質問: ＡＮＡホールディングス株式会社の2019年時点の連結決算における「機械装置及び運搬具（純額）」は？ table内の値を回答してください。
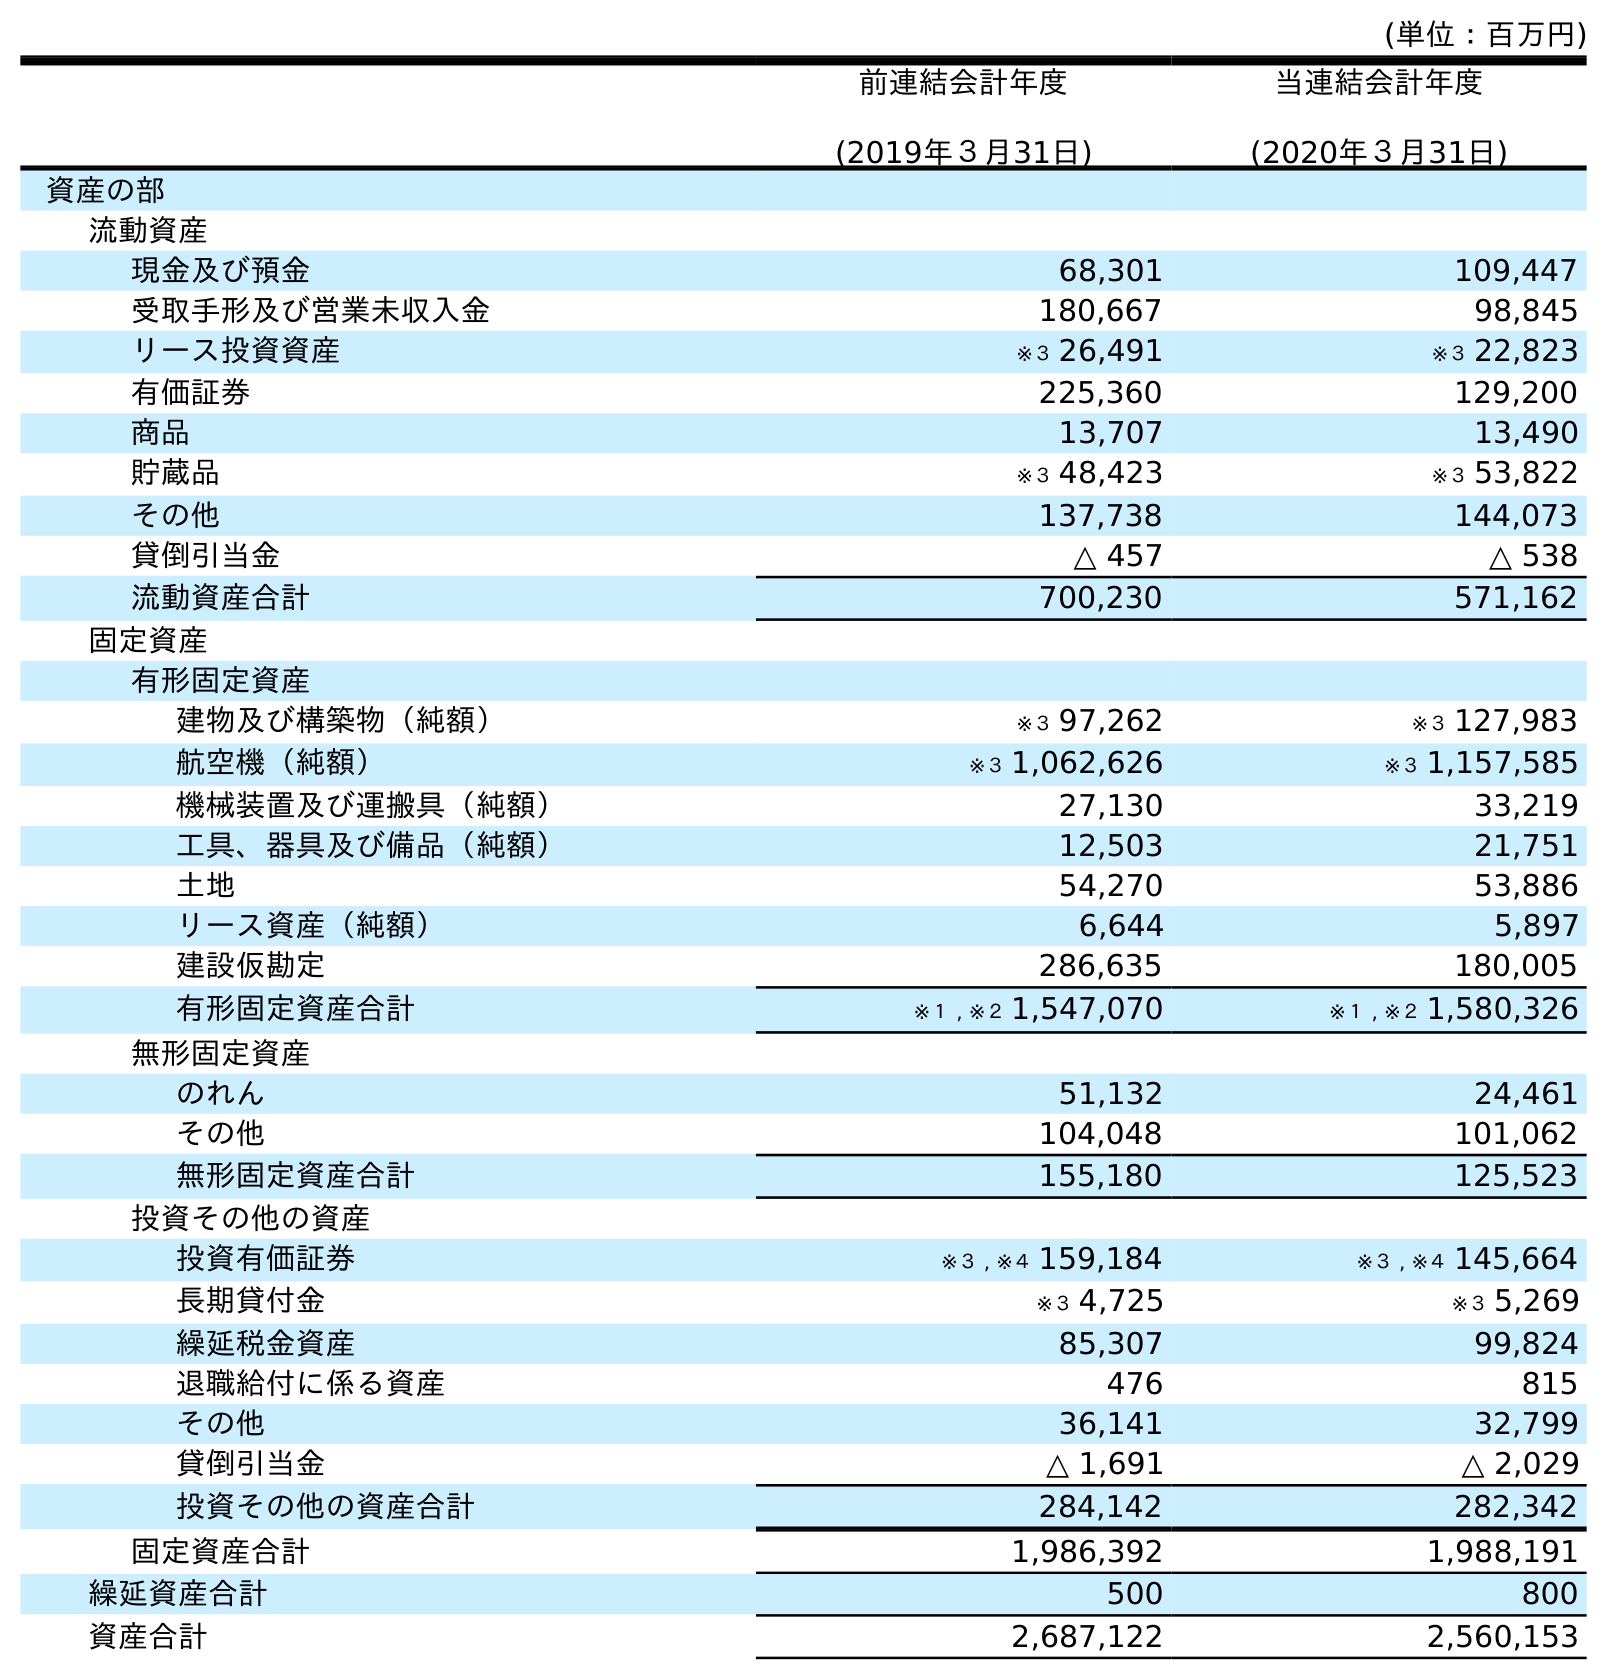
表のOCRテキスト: (単位：百万円) 前連結会計年度 (2019年３月31日) 当連結会計年度 (2020年３月31日) 資産の部 流動資産 現金及び預金 68,301 109,447 受取手形及び営業未収入金 180,667 98,845 リース投資資産 ※３ 26,491 ※３ 22,823 有価証券 225,360 129,200 商品 13,707 13,490 貯蔵品 ※３ 48,423 ※３ 53,822 その他 137,738 144,073 貸倒引当金 △ 457 △ 538 流動資産合計 700,230 571,162 固定資産 有形固定資産 建物及び構築物（純額） ※３ 97,262 ※３ 127,983 航空機（純額） ※３ 1,062,626 ※３ 1,157,585 機械装置及び運搬具（純額） 27,130 33,219 工具、器具及び備品（純額） 12,503 21,751 土地 54,270 53,886 リース資産（純額） 6,644 5,897 建設仮勘定 286,635 180,005 有形固定資産合計 ※１ , ※２ 1,547,070 ※１ , ※２ 1,580,326 無形固定資産 のれん 51,132 24,461 その他 104,048 101,062 無形固定資産合計 155,180 125,523 投資その他の資産 投資有価証券 ※３ , ※４ 159,184 ※３ , ※４ 145,664 長期貸付金 ※３ 4,725 ※３ 5,269 繰延税金資産 85,307 99,824 退職給付に係る資産 476 815 その他 36,141 32,799 貸倒引当金 △ 1,691 △ 2,029 投資その他の資産合計 284,142 282,342 固定資産合計 1,986,392 1,988,191 繰延資産合計 500 800 資産合計 2,687,122 2,560,153
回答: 27,130